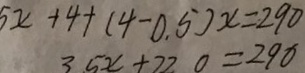
5 x + 4 + ( 4 - 0 . 5 ) x = 2 9 0